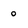
Character: o